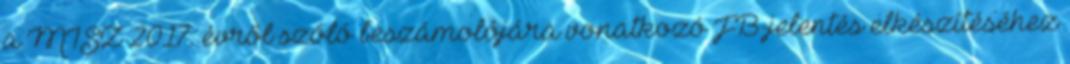
a MISZ 2017. évről szóló beszámolójára vonatkozó FB-jelentés elkészítéséhez